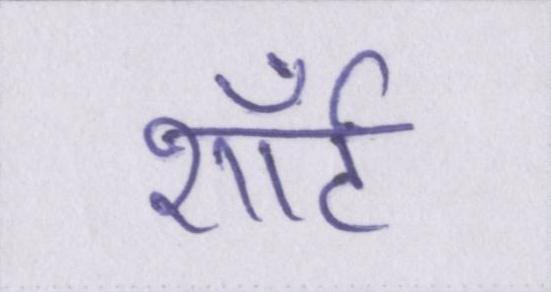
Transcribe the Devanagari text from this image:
शॉर्ट